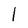
Character: 1